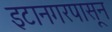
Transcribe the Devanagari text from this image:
इटानगरपासून